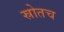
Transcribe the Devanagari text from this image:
स्रोतच